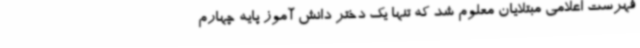
فهرست اعلامی مبتلایان معلوم شد که تنها یک دختر دانش آموز پایه چهارم